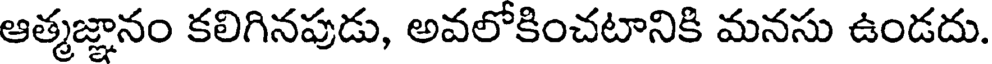
ఆత్మజ్ఞానం కలిగినపుడు, అవలోకించటానికి మనసు ఉండదు.